Plague in India, 1896, 1897 - Volume 2
Year: 1896
Disease focus: Plague
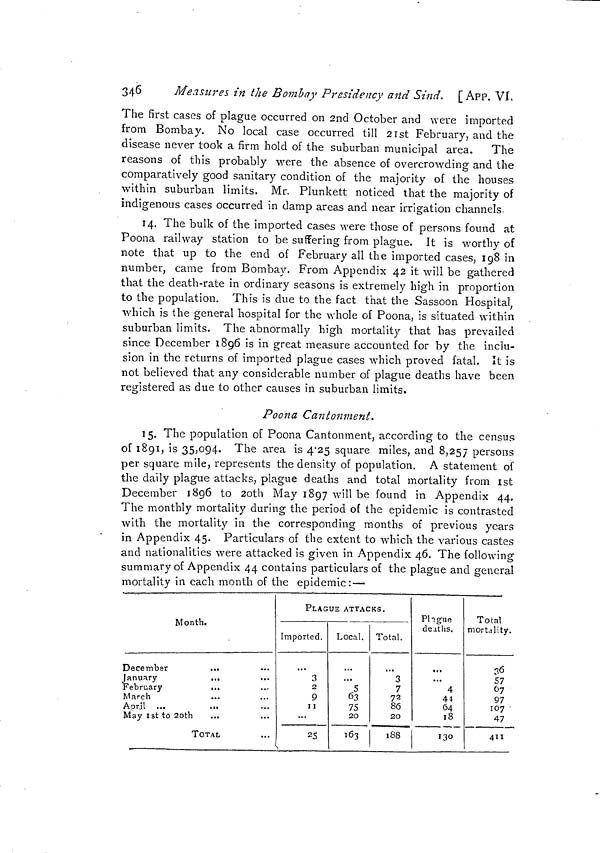
346
Measures in the Bombay Presidency and Sind. [APP. Vi,
The first cases of plague occurred on 2nd October and were imported
from Bombay. No local case occurred till 21st February, and the
disease never took a firm hold of the suburban municipal area.
The
reasons of this probably were the absence of overcrowding and the
comparatively good sanitary condition of the majority of the houses
within suburban limits. Mr. Plunkett noticed that the majority of
indigenous cases occurred in damp areas and near irrigation channels.
14. The bulk of the imported cases were those of persons found at
Poona railway station to be suffering from plague. It is worthy of
note that up to the end of February all the imported cases, 198 in
number, came from Bombay. From Appendix 42 it will be gathered
that the death-rate in ordinary seasons is extremely high in proportion
to the population. This is due to the fact that the Sassoon Hospital ;
which is the general hospital for the whole of Poona, is situated within
suburban limits. The abnormally high mortality that has prevailed
since December 1896 is in great measure accounted for by the inclu-
sion in the returns of imported plague cases which proved fatal. It is
not believed that any considerable number of plague deaths have been
registered as due to other causes in suburban limits.
O
Poona Cantonment.
15. The population of Poona Cantonment, according to the census
of 1891, is 35)O94. The area is 4.25 square miles, and 8,257 persons
per square mile, represents the density of population. A statement of
the daily plague attacks, plague deaths and total mortality from 1st
December 1896 to 20th May 1897 will be found in Appendix 44.
The monthly mortality during the period of the epidemic is contrasted
with the mortality in the corresponding months of previous years
in Appendix 45. Particulars of the extent to which the various castes
and nationalities were attacked is given in Appendix 46. The following
summary of Appendix 44 contains particulars of the plague and general
mortality in each month of the epidemic: —
Month.
December
..
January
..
•••
February
..
March
Aprill ...
..
May 1st to 20th
..
TOTAL
PLAGUE ATTACKS.
Imported.
...
3
2
9
1 1
...
25
s
Local.
...
5
63
75
20
163
Total.
...
3
7
72
86
20
:S8
Plague
deaths.
...
4
44
64
18
130
Total
mortality.
36
57
67
97
107 -
47
411